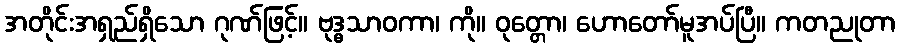
အတိုင်းအရှည်ရှိသော ဂုဏ်ဖြင့်။ ဗုဒ္ဓသာဝကာ၊ ကို။ ဝုတ္တော၊ ဟောတော်မူအပ်ပြီ။ ကတညုတာ